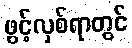
ဖွင့်လှစ်ရာတွင်